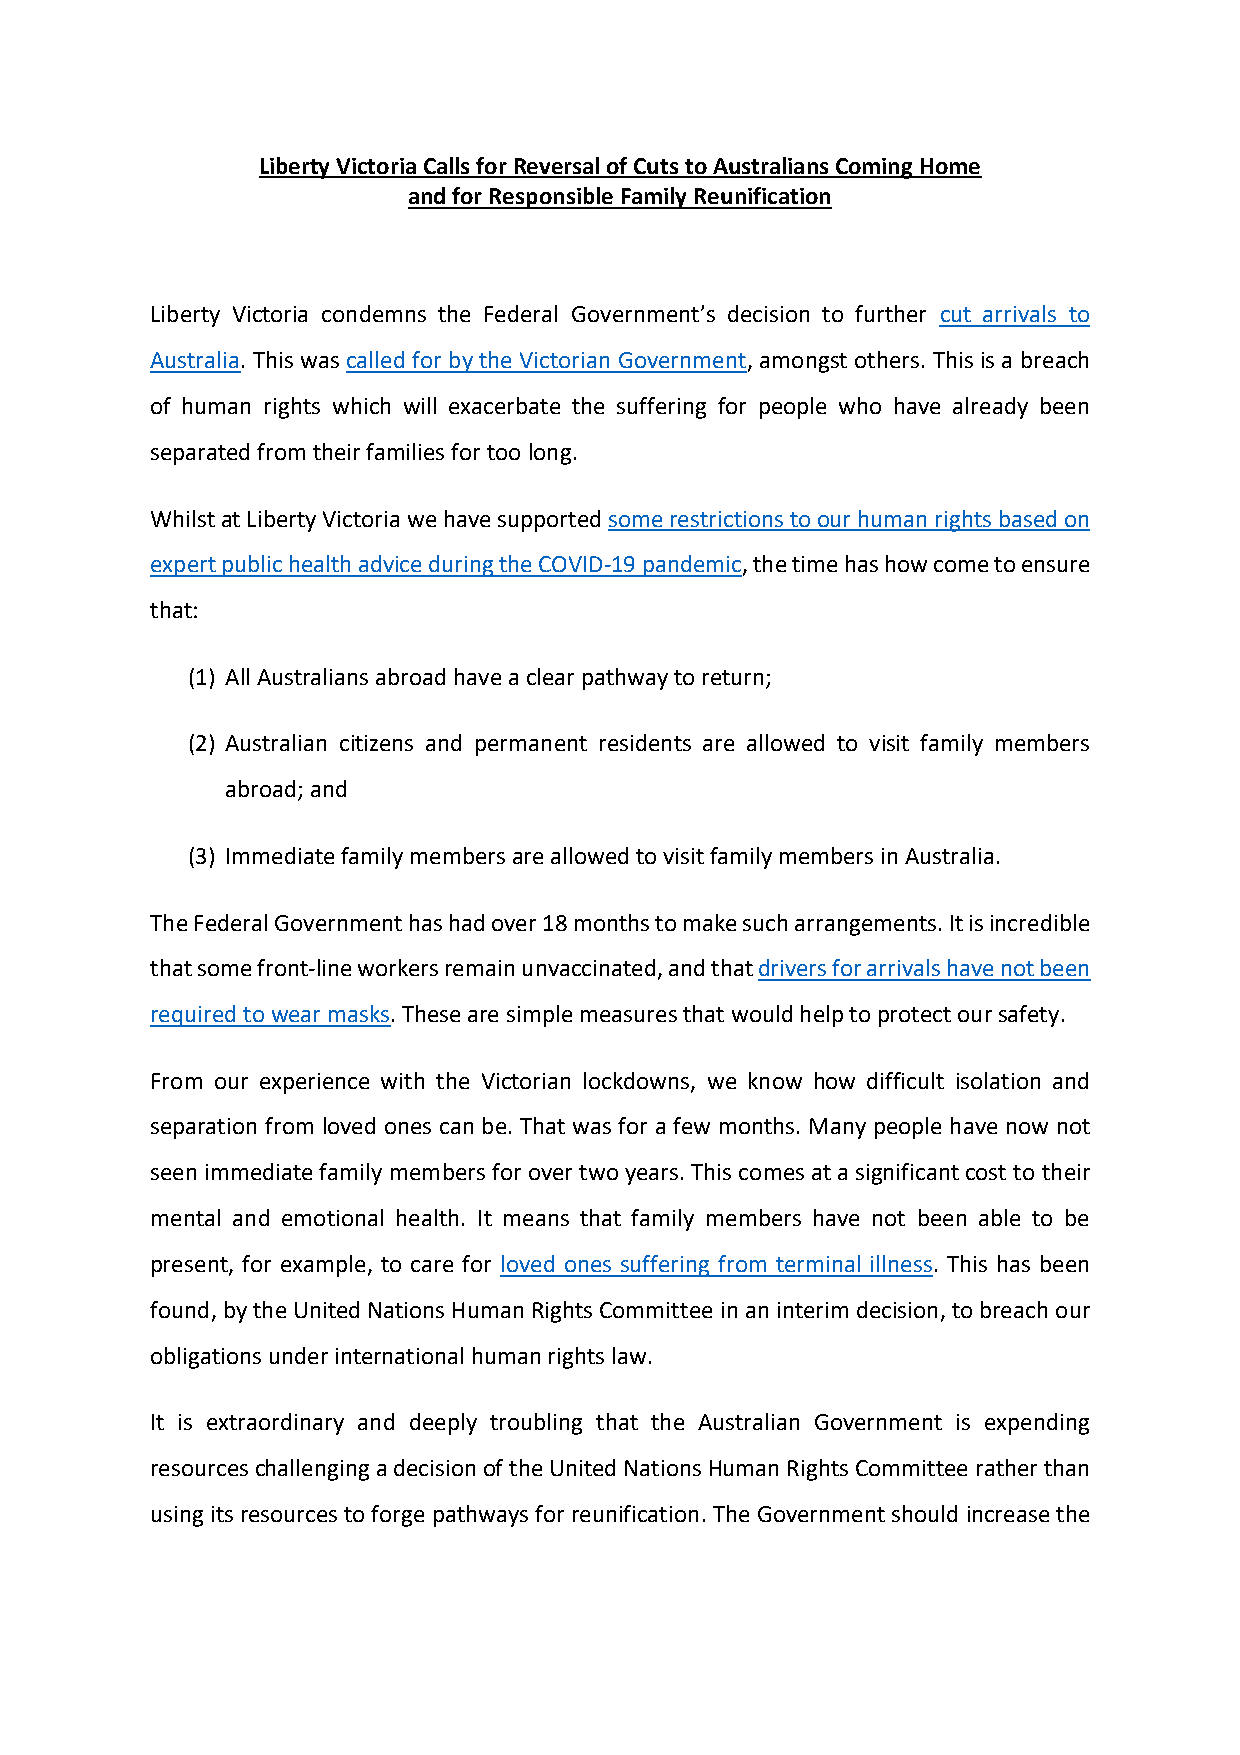
Liberty Victoria Calls for Reversal of Cuts to Australians Coming Home
 and for Responsible Family Reunification
 Liberty Victoria condemns the Federal Government’s decision to further cut arrivals to
 Australia. This was called for by the Victorian Government, amongst others. This is a breach
 of human rights which will exacerbate the suffering for people who have already been
 separated from their families for too long.
 Whilst at Liberty Victoria we have supported some restrictions to our human rights based on
 expert public health advice during the COVID-19 pandemic, the time has how come to ensure
 that:
 (1) All Australians abroad have a clear pathway to return;
 (2) Australian citizens and permanent residents are allowed to visit family members
 abroad; and
 (3) Immediate family members are allowed to visit family members in Australia.
 The Federal Government has had over 18 months to make such arrangements. It is incredible
 that some front-line workers remain unvaccinated, and that drivers for arrivals have not been
 required to wear masks. These are simple measures that would help to protect our safety.
 From our experience with the Victorian lockdowns, we know how difficult isolation and
 separation from loved ones can be. That was for a few months. Many people have now not
 seen immediate family members for over two years. This comes at a significant cost to their
 mental and emotional health. It means that family members have not been able to be
 present, for example, to care for loved ones suffering from terminal illness. This has been
 found, by the United Nations Human Rights Committee in an interim decision, to breach our
 obligations under international human rights law.
 It is extraordinary and deeply troubling that the Australian Government is expending
 resources challenging a decision of the United Nations Human Rights Committee rather than
 using its resources to forge pathways for reunification. The Government should increase the